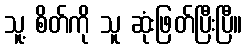
သူ့ စိတ်ကို သူ ဆုံးဖြတ်ပြီးပြီ။